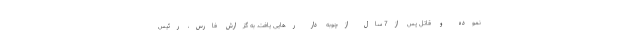
نموده و قاتل پس از7 سال ازچوبه دار رهایی یافت. به گزارش فارس، رئیس